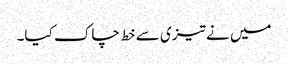
میں نے تیزی سے خط چاک کیا۔